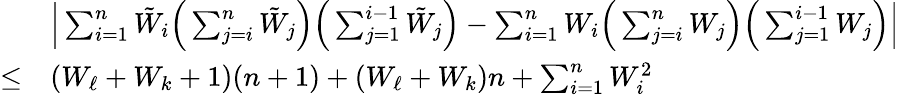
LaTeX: \begin{array}{rl}&{\Big\lvert\sum_{i=1}^{n}{\tilde{W}}_{i}\Big(\sum_{j=i}^{n}{\tilde{W}}_{j}\Big)\Big(\sum_{j=1}^{i-1}{\tilde{W}}_{j}\Big)-\sum_{i=1}^{n}W_{i}\Big(\sum_{j=i}^{n}W_{j}\Big)\Big(\sum_{j=1}^{i-1}W_{j}\Big)\Big\rvert}\\ {\le}&{(W_{\ell}+W_{k}+1)(n+1)+(W_{\ell}+W_{k})n+\sum_{i=1}^{n}W_{i}^{2}}\end{array}